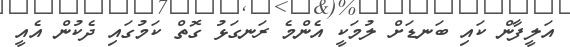
އަލީފާން ކައި ބަނޑަށް ލުމަކީ އެންމެ ރަނގަޅު ގޮތް ކަމުގައި ދެކުން އެއީ